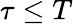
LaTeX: \tau\leq T